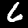
Digit: 6